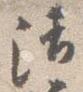
清